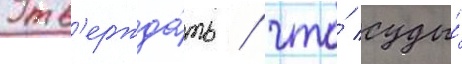
Утв'ержда́ть / что́ суды́